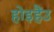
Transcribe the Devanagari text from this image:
होइहैंउ